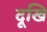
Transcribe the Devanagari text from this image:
दूखि